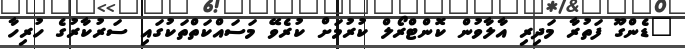
"ޑެންގޫ ފަތުރާ މަދިރި އާލާވުން ކޮންޓްރޯލް ކުރުމަށް ކުރެވޭ މަސައްކަތްތަކުގައި ސަރުކާރުގެ ހުރިހާ